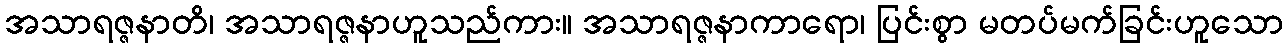
အသာရဇ္ဇနာတိ၊ အသာရဇ္ဇနာဟူသည်ကား။ အသာရဇ္ဇနာကာရော၊ ပြင်းစွာ မတပ်မက်ခြင်းဟူသော